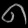
Digit: ၈